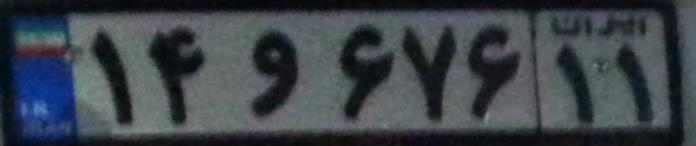
۱۴و۶۷۶۱۱